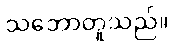
သဘောတူသည်။